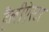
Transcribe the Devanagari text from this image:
हैलीऐस्टर